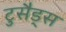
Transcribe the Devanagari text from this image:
टुसैड्स